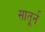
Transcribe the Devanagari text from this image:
सातूर्न